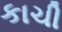
કાચી